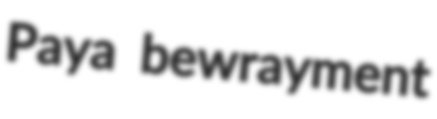
Paya bewrayment